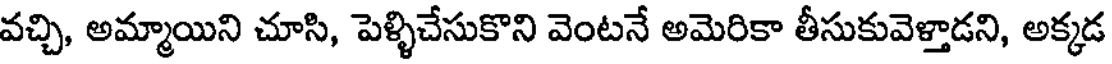
వచ్చి, అమ్మాయిని చూసి, పెళ్ళిచేసుకొని వెంటనే అమెరికా తీసుకువెళ్తాడని, అక్కడ